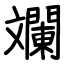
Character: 斕